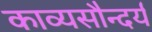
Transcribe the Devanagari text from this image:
काव्यसौन्दर्य